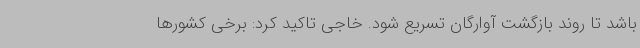
باشد تا روند بازگشت آوارگان تسریع شود. خاجی تاکید کرد: برخی کشورها